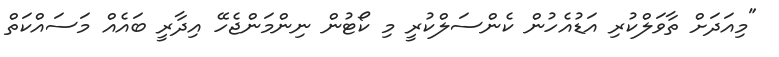
"މިއަދަށް ތާވަލްކުރި އަޑުއެހުން ކެންސަލްކުރީ މި ކޯޓުން ނިންމަންޖެހޭ އިދާރީ ބައެއް މަސައްކަތް